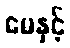
မေနှင့်